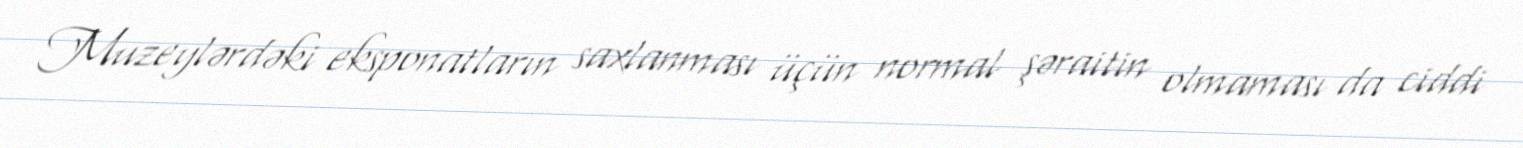
Muzeylərdəki eksponatların saxlanması üçün normal şəraitin olmaması da ciddi